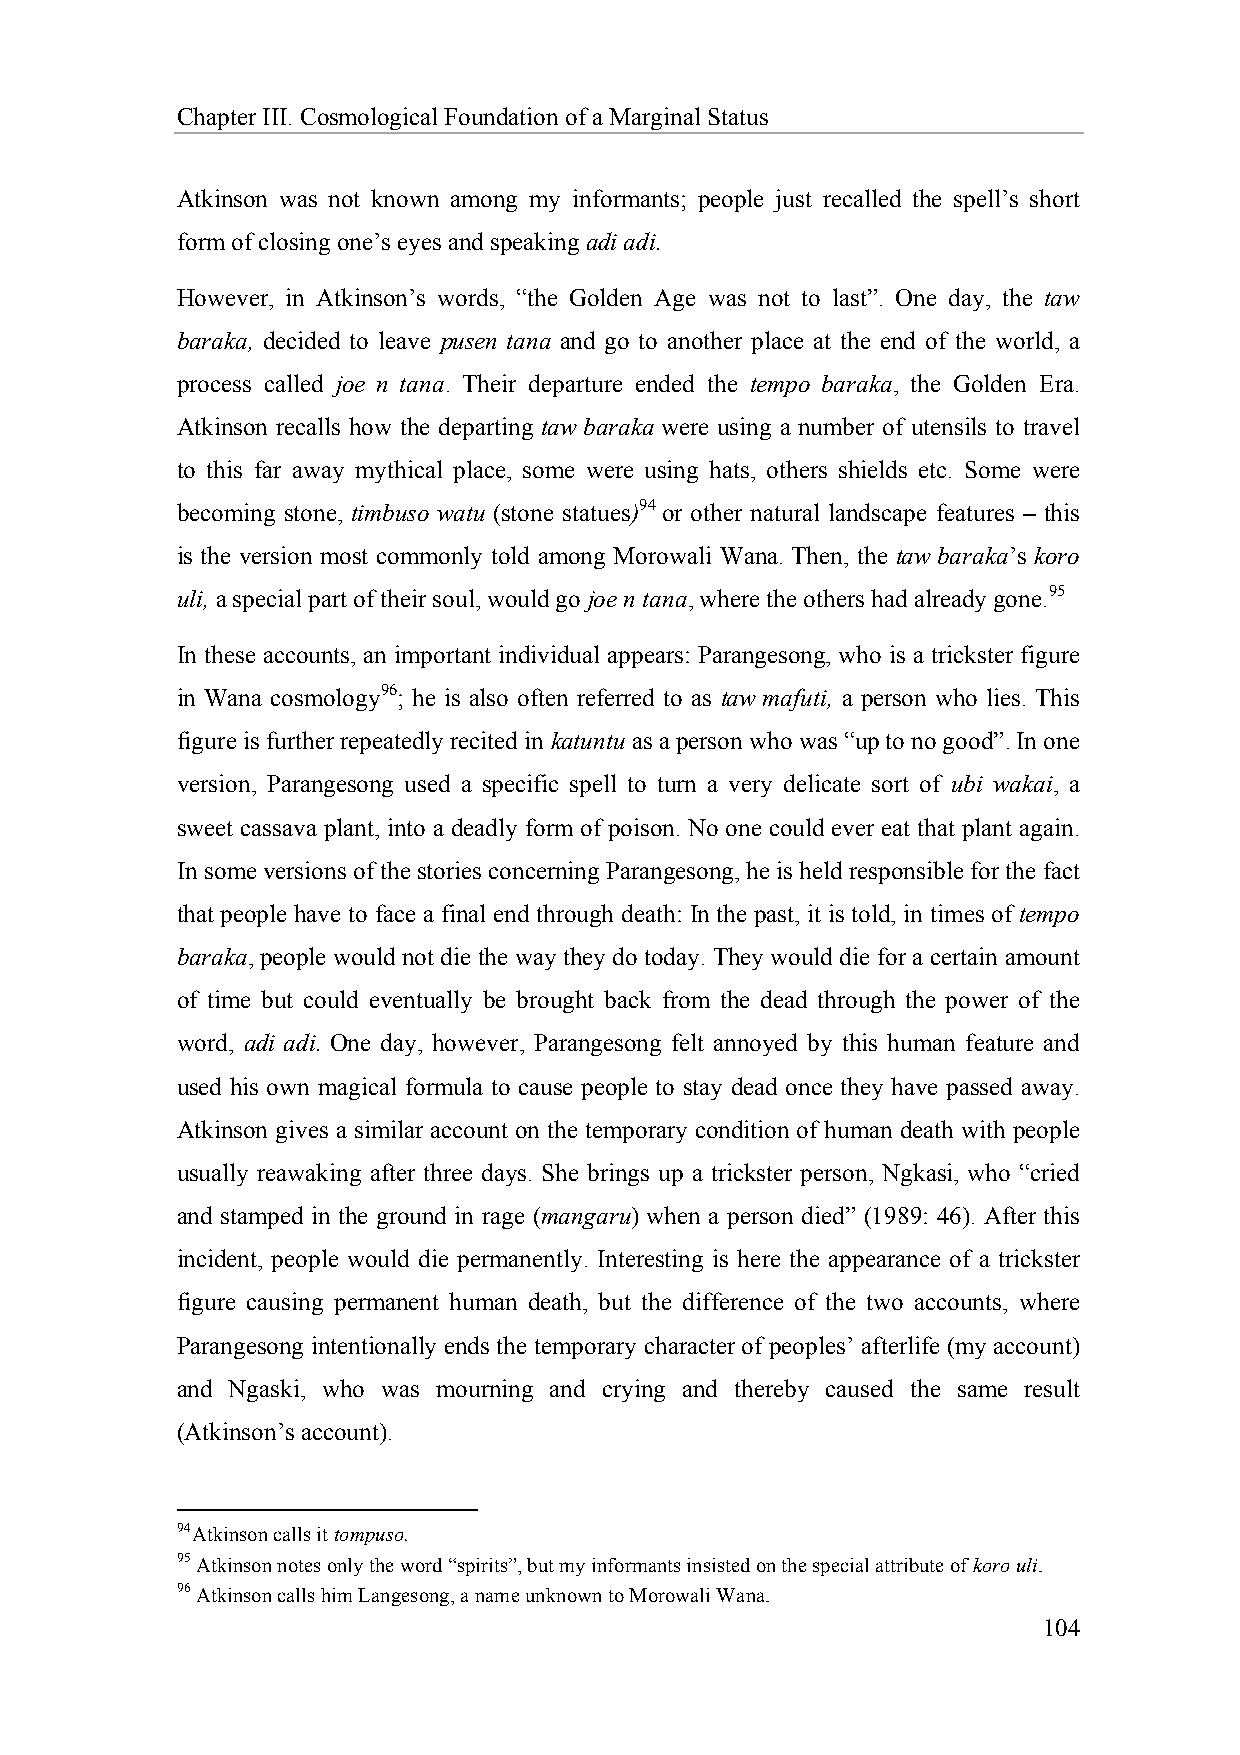
Chapter III. Cosmological Foundation of a Marginal Status
 Atkinson was not known among my informants; people just recalled the spell’s short
 form of closing one’s eyes and speaking adi adi.
 However, in Atkinson’s words, “the Golden Age was not to last”. One day, the taw
 baraka, decided to leave pusen tana and go to another place at the end of the world, a
 process called joe n tana. Their departure ended the tempo baraka, the Golden Era.
 Atkinson recalls how the departing taw baraka were using a number of utensils to travel
 to this far away mythical place, some were using hats, others shields etc. Some were
 becoming stone, timbuso watu (stone statues)94 or other natural landscape features – this
 is the version most commonly told among Morowali Wana. Then, the taw baraka’s koro
 uli, a special part of their soul, would go joe n tana, where the others had already gone.95
 In these accounts, an important individual appears: Parangesong, who is a trickster figure
 in Wana cosmology96; he is also often referred to as taw mafuti, a person who lies. This
 figure is further repeatedly recited in katuntu as a person who was “up to no good”. In one
 version, Parangesong used a specific spell to turn a very delicate sort of ubi wakai, a
 sweet cassava plant, into a deadly form of poison. No one could ever eat that plant again.
 In some versions of the stories concerning Parangesong, he is held responsible for the fact
 that people have to face a final end through death: In the past, it is told, in times of tempo
 baraka, people would not die the way they do today. They would die for a certain amount
 of time but could eventually be brought back from the dead through the power of the
 word, adi adi. One day, however, Parangesong felt annoyed by this human feature and
 used his own magical formula to cause people to stay dead once they have passed away.
 Atkinson gives a similar account on the temporary condition of human death with people
 usually reawaking after three days. She brings up a trickster person, Ngkasi, who “cried
 and stamped in the ground in rage (mangaru) when a person died” (1989: 46). After this
 incident, people would die permanently. Interesting is here the appearance of a trickster
 figure causing permanent human death, but the difference of the two accounts, where
 Parangesong intentionally ends the temporary character of peoples’ afterlife (my account)
 and Ngaski, who was mourning and crying and thereby caused the same result
 (Atkinson’s account).
 94 Atkinson calls it tompuso.
 95 Atkinson notes only the word “spirits”, but my informants insisted on the special attribute of koro uli.
 96 Atkinson calls him Langesong, a name unknown to Morowali Wana.
 104